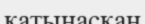
қатынасқан